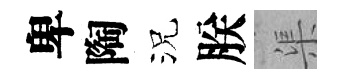
卑陶況朕渠